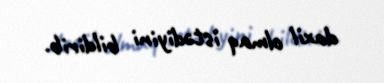
daxil olmaq istədiyini bildirib.